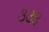
૩૩૪